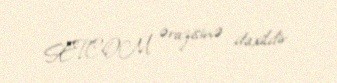
SETCOM ərazisinə daxildir.